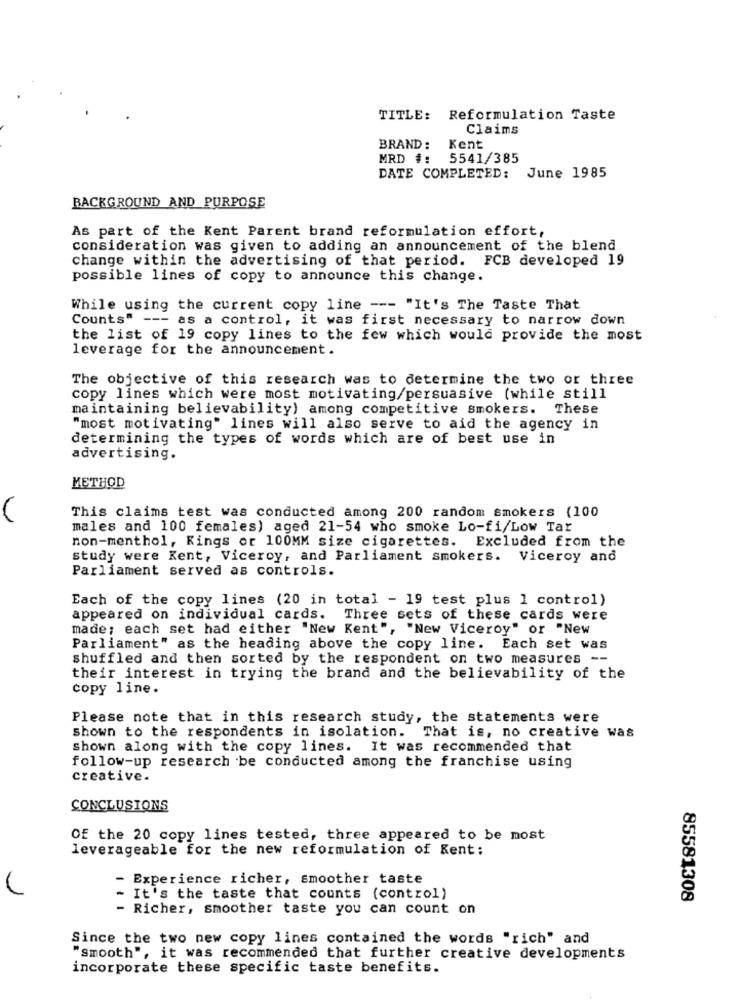
TITLE: Reformulation Taste
Claims
BRAND: Kent
MRD #:
5541/385
DATE COMPLETED: June 1985
BACKGROUND AND PURPOSE
As part of the Kent Parent brand reformulation effort,
consideration was given to adding an announcement of the blend
change within the advertising of that period. FCB developed 19
possible lines of copy to announce this change.
While using the current copy line --- "It's The Taste That
Counts" --- as a control, it was first necessary to narrow down
the list of 19 copy lines to the few which would provide the most
leverage for the announcement.
The objective of this research was to determine the two or three
copy lines which were most motivating/persuasive (while still
maintaining believability) among competitive smokers. These
"most motivating" lines will also serve to aid the agency in
determining the types of words which are of best use in
advertising.
METHOD
This claims test was conducted among 200 random smokers (100
males and 100 females) aged 21-54 who smoke Lo-fi/Low Tar
non-menthol, Kings or 100MM size cigarettes. Excluded from the
study were Kent, Viceroy, and Parliament smokers. Viceroy and
Parliament served as controls.
Each of the copy lines (20 in total - 19 test plus ] control)
appeared on individual cards. Three sets of these cards were
made; each set had either "New Kent", "New Viceroy" or "New
Parliament" as the heading above the copy line. Each set was
shuffled and then sorted by the respondent on two measures --
their interest in trying the brand and the believability of the
copy line.
Please note that in this research study, the statements were
shown to the respondents in isolation.
That is, no creative was
shown along with the copy lines. It was recommended that
follow-up research be conducted among the franchise using
creative.
CONCLUSIONS
Of the 20 copy lines tested, three appeared to be most
leverageable for the new reformulation of Kent:
Experience richer, smoother taste
- It's the taste that counts (control)
85581308
- Richer, smoother taste you can count on
Since the two new copy lines contained the words "rich" and
"smooth", it was recommended that further creative developments
incorporate these specific taste benefits.